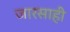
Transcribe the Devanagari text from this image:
जारसाही